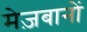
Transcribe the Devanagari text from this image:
मेज़बानों